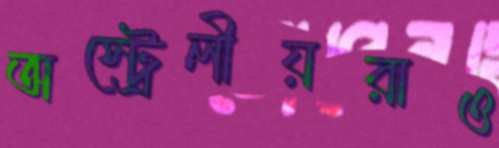
অস্ট্রেলীয়রাও